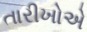
તારીખોએ